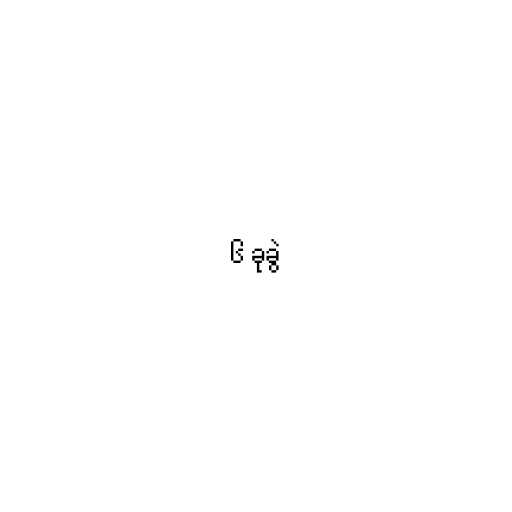
၆ ခုခွဲ